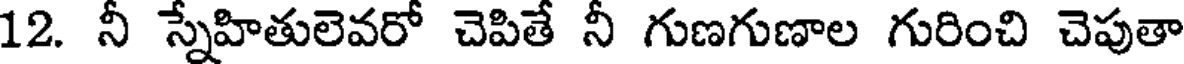
12. నీ స్నేహితులెవరో చెపితే నీ గుణగుణాల గురించి చెపుతా